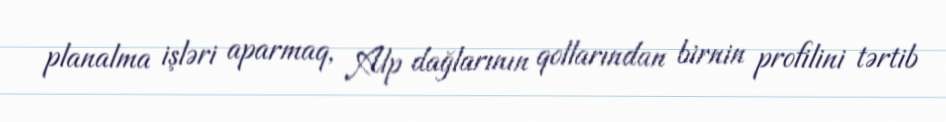
planalma işləri aparmaq, Alp dağlarının qollarından birnin profilini tərtib